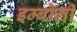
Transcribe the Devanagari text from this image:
इम्बोली